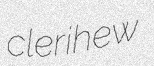
clerihew